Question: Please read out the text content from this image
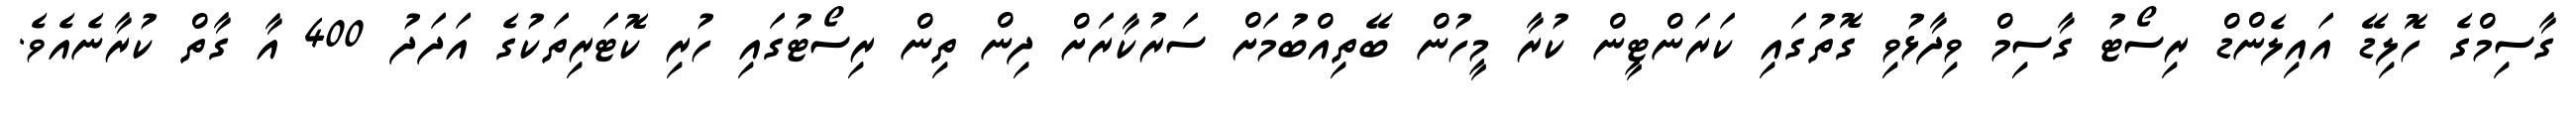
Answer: ގާސިމްގެ ހޮލިޑޭ އައިލެންޑް ރިސޯޓު ގާސިމް ވިދާޅުވި ގޮތުގައި ކަރަންޓީން ކުރާ މީހުން ބޭތިއްބުމަށް ސަރުކާރަށް ދިން ތިން ރިސޯޓުގައި ހުރި ކޮޓަރިތަކުގެ އަދަދު 400 އާ ގާތް ކުރާނެއެވެ.